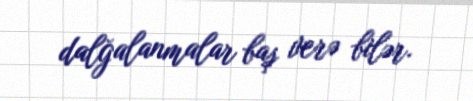
dalğalanmalar baş verə bilər.